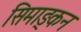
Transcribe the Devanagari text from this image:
सिमाङ्कन